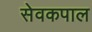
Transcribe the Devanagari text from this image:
सेवकपाल